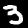
Label: 3